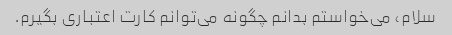
سلام، می‌خواستم بدانم چگونه می‌توانم کارت اعتباری بگیرم.